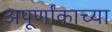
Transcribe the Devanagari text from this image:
अपूर्णांकाच्या